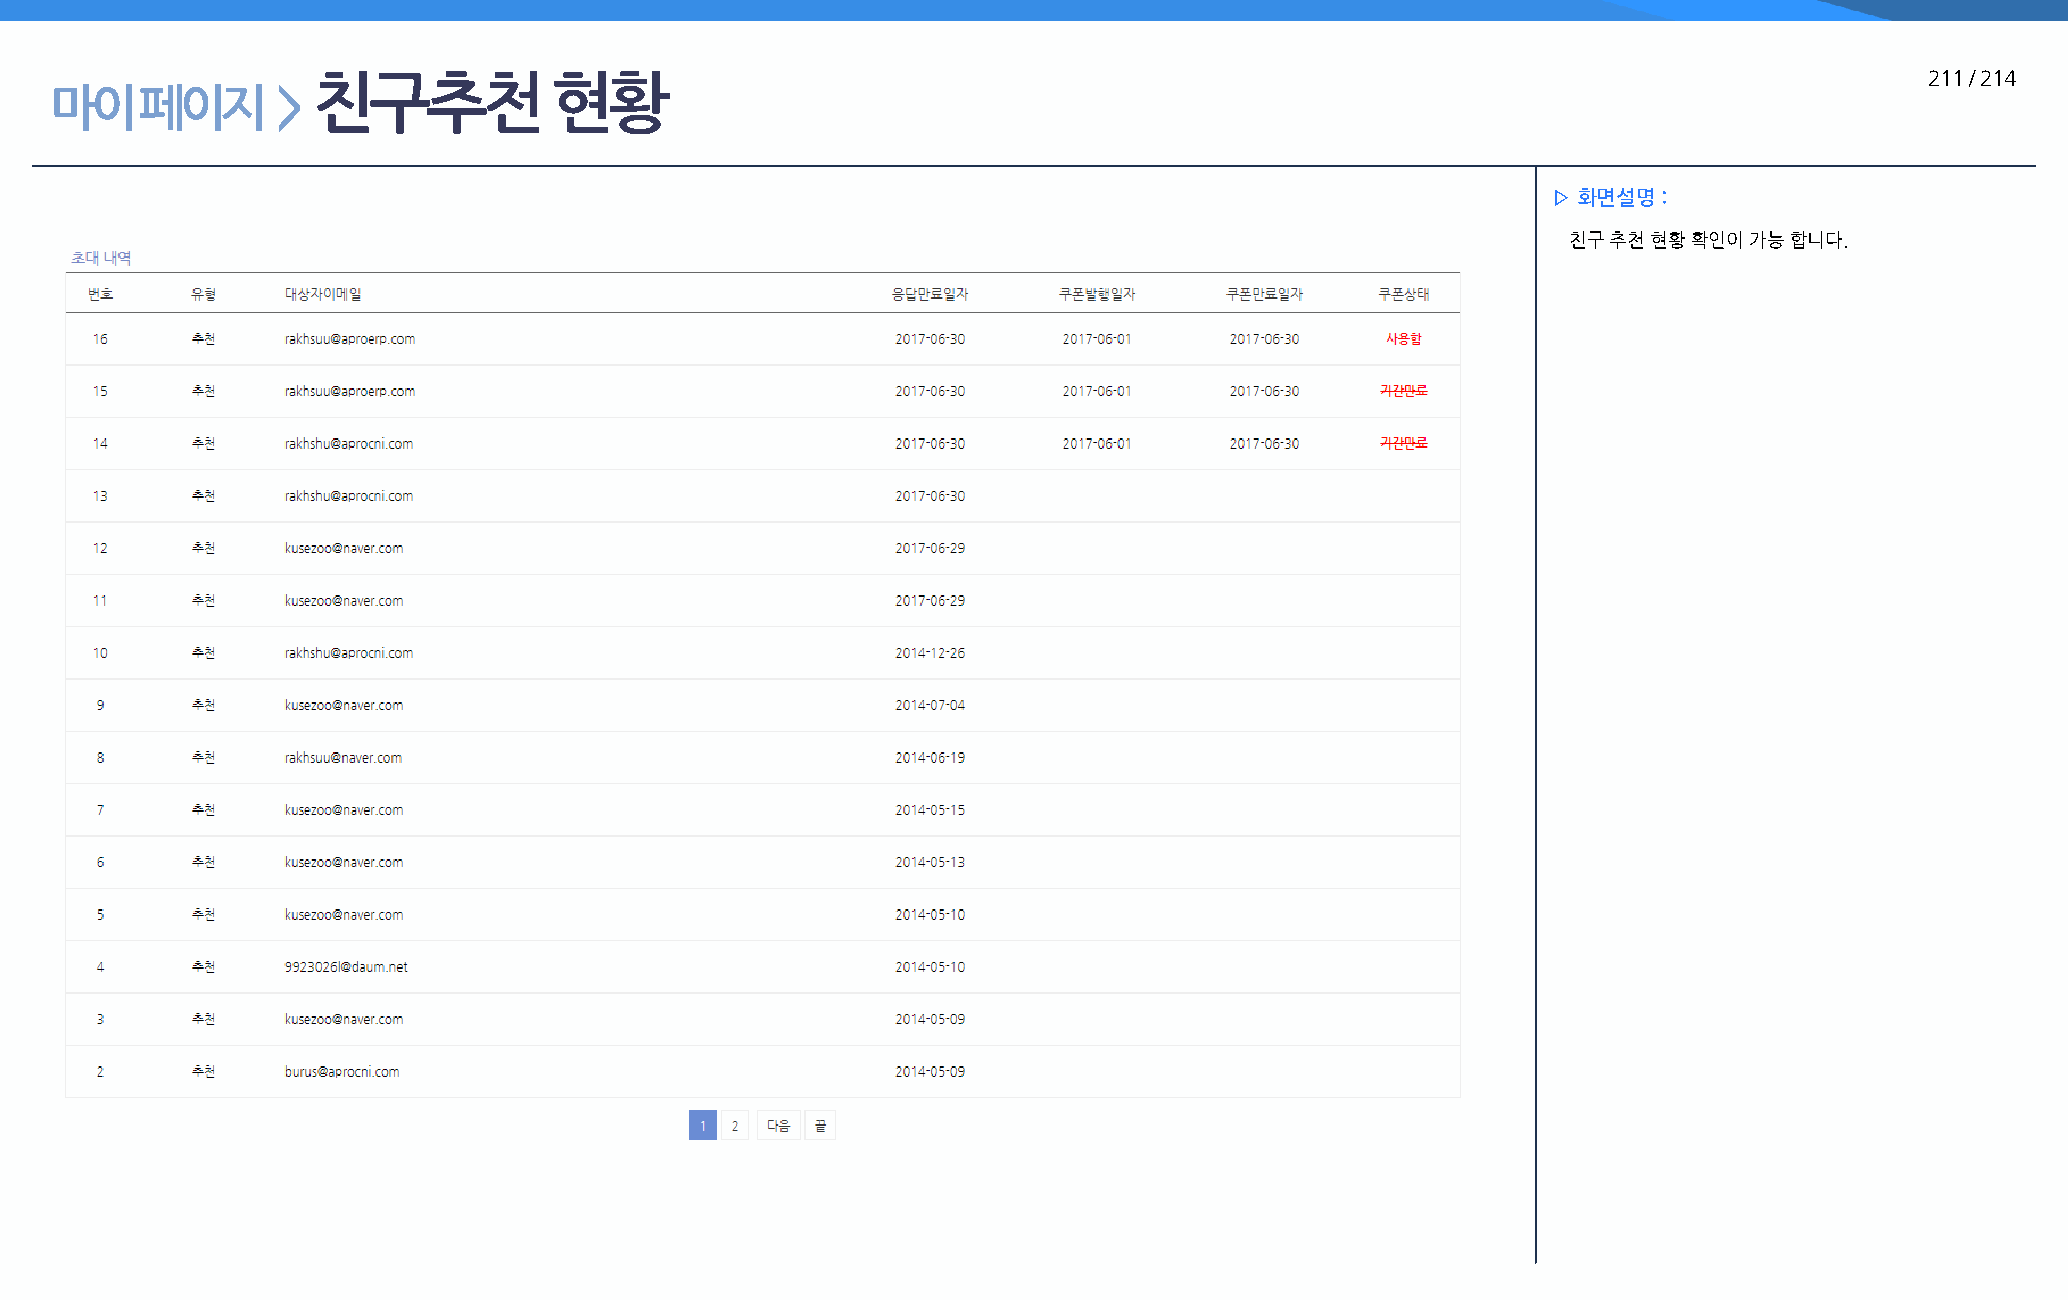
친구추천           현황                                                                                          211 / 214
 마이    페이지      >
 ▷ 화면설명 :
 친구 추천 현황 확인이 가능 합니다.